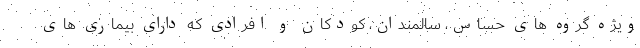
ویژه گروه های حساس، سالمندان، کودکان و افرادی که دارای بیماری های